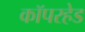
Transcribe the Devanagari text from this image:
कॉपरहेड